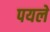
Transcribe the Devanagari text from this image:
पयले